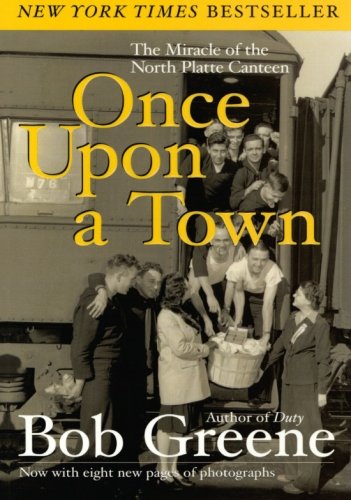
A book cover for Once Upon a Town: The Miracle of the North Platte Canteen; Bob Greene; Business & Money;